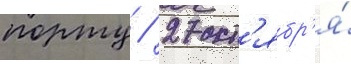
порту / 27 окт'ябр'я́